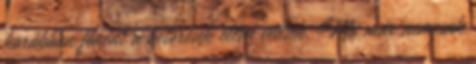
korábban főként a betörések ellen védtek. Ma már nemcsak